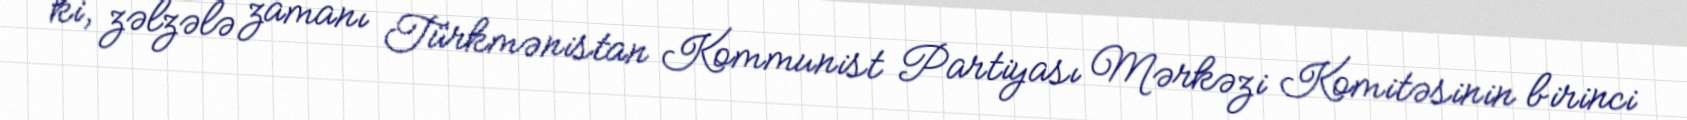
ki, zəlzələ zamanı Türkmənistan Kommunist Partiyası Mərkəzi Komitəsinin birinci